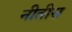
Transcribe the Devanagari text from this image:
नीतीस